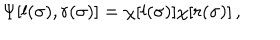
LaTeX: \Psi [ l ( \sigma ) , r ( \sigma ) ] = \chi [ l ( \sigma ) ] \chi [ r ( \sigma ) ] \, ,